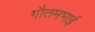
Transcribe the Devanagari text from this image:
गौतमभाई